Reports on dispensaries and lunatic asylums in the Province of Oudh - 1869-1876
Year: 1869
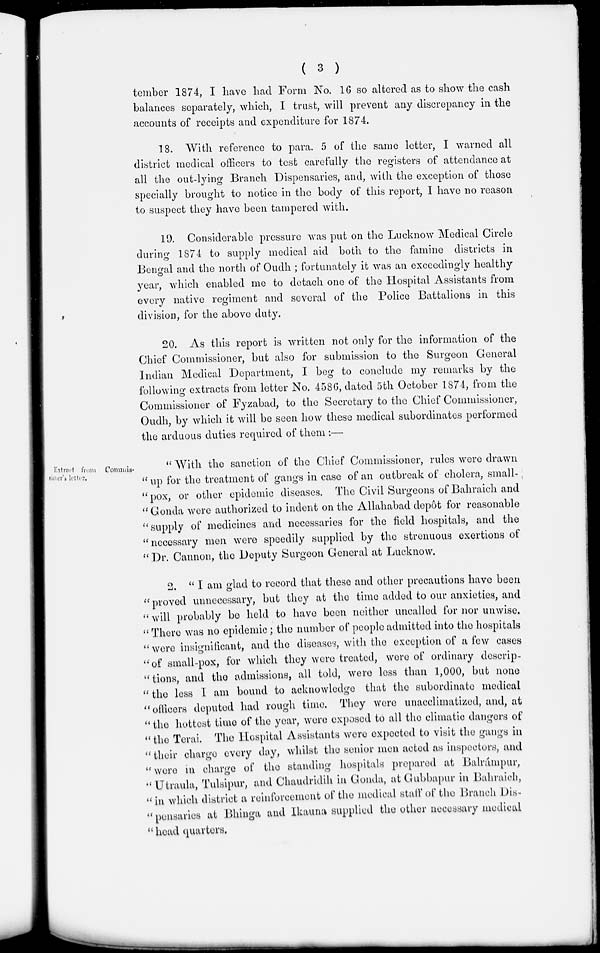
( 3 )
tember 1874, I have had Form No. 16 so altered as to show the cash
balances separately, which, I trust, will prevent any discrepancy in the
accounts of receipts and expenditure for 1874.
18. With reference to para. 5 of the same letter, I warned all
district medical officers to test carefully the registers of attendance at
all the out-lying Branch Dispensaries, and, with the exception of those
specially brought to notice in the body of this report, I have no reason
to suspect they have been tampered with.
19. Considerable pressure was put on the Lucknow Medical Circle
during 1874 to supply medical aid both to the famine districts in
Bengal and the north of Oudh ; fortunately it was an exceedingly healthy
year, which enabled me to detach one of the Hospital Assistants from
every native regiment and several of the Police Battalions in this
division, for the above duty.
20. As this report is written not only for the information of the
Chief Commissioner, but also for submission to the Surgeon General
Indian Medical Department, I beg to conclude my remarks by the
following extracts from letter No. 4586, dated 5th October 1874, from the
Commissioner of Fyzabad, to the Secretary to the Chief Commissioner,
Oudh, by which it will be seen how these medical subordinates performed
the arduous duties required of them :—
Extract from Commis-
tioner's letter.
" With the sanction of the Chief Commissioner, rules were drawn
" up for the treatment of gangs in case of an outbreak of cholera, small-
"pox, or other epidemic diseases. The Civil Surgeons of Bahraich and
"Gonda were authorized to indent on the Allahabad depôt for reasonable
" supply of medicines and necessaries for the field hospitals, and the
" necessary men were speedily supplied by the strenuous exertions of
" Dr. Cannon, the Deputy Surgeon General at Lucknow.
2. " I am glad to record that these and other precautions have been
" proved unnecessary, but they at the time added to our anxieties, and
" will probably be held to have been neither uncalled for nor unwise.
" There was no epidemic ; the number of people admitted into the hospitals
" were insignificant, and the diseases, with the exception of a few cases
"of small-pox, for which they were treated, were of ordinary descrip-
-tions, and the admissions, all told, were less than 1,000, but none
" the less I am bound to acknowledge that the subordinate medical
"officers deputed had rough time. They were unacclimatized, and, at
" the hottest time of the year, were exposed to all the climatic dangers of
"the Terai. The Hospital Assistants were expected to visit the gangs in
" their charge every day, whilst the senior men acted as inspectors, and
"were in charge of the standing hospitals prepared at Balrámpur,
"Utraula, Tulsipur, and Chaudridih in Gonda, at Gubbapur in Bahraich,
"in which district a reinforcement of the medical staff of the Branch Dis-
" pensaries at Bhinga and Ikauna supplied the other necessary medical
"head quarters.